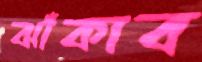
ঝাঁকাব